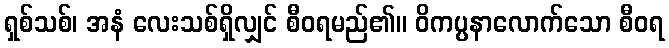
ရှစ်သစ်၊ အနံ လေးသစ်ရှိလျှင် စီဝရမည်၏။ ဝိကပ္ပနာလောက်သော စီဝရ